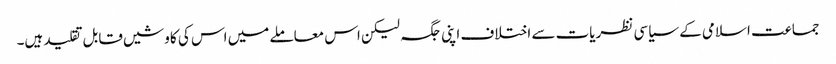
جماعت اسلامی کے سیاسی نظریات سے اختلاف اپنی جگہ لیکن اس معاملے میں اس کی کاوشیں قابل تقلید ہیں۔